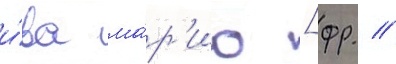
и́ва ма́р'ио [фр. //